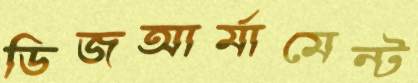
ডিজআর্মামেন্ট